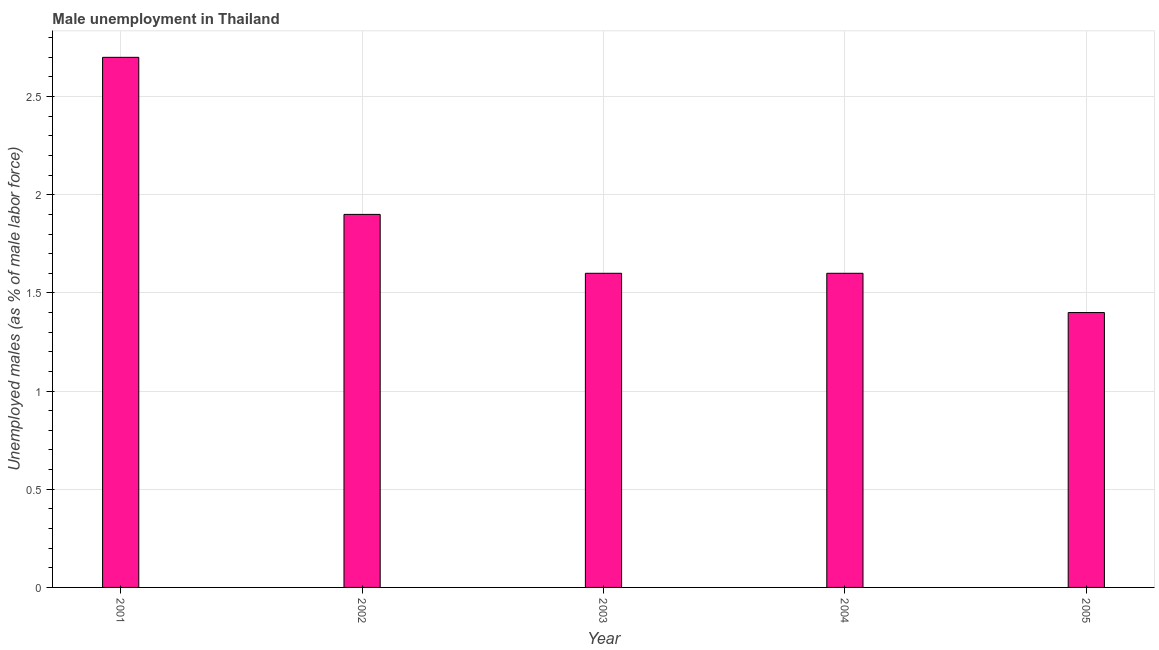
| Year | Unemployment |
 | --- | --- |
 | 2001 | 2.7 |
 | 2002 | 1.9 |
 | 2003 | 1.6 |
 | 2004 | 1.6 |
 | 2005 | 1.4 |